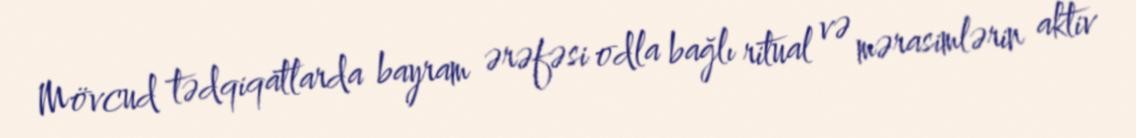
Mövcud tədqiqatlarda bayram ərəfəsi odla bağlı ritual və mərasimlərin aktiv